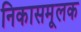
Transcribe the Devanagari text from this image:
निकासमूलक